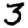
Digit: 3